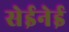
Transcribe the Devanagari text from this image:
सेईनेई